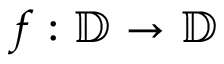
f : \mathbb { D } \rightarrow \mathbb { D }